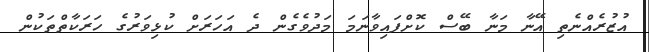
އުޒުރެއްނެތި އޭނާ މަނާ ބޭސް ކޮށްފައިވާނަމަ މަދުވެގެން ދެ އަހަރަށް ކުޅިވަރުގެ ހަރަކާތްތަކުން